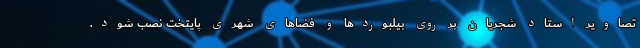
تصاویر استاد شجریان بر روی بیلبوردها و فضاهای شهری پایتخت نصب شود.